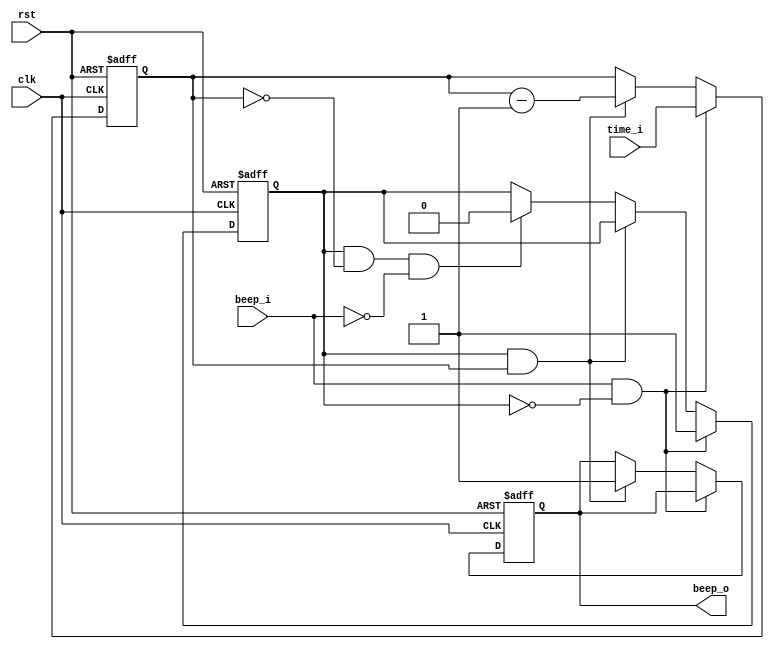
/*
    @author     Londoge
    @function   

    @readme     
    Buzzer
    clk
    rst
    beep_i
    number_i

    beep_o 
*/

module Buzzer (
    input wire clk,
    input wire rst,
    input wire beep_i,
    input wire [15:0]time_i,

    output reg beep_o
);

reg flag;
reg [15:0]count;
always @(posedge clk or negedge rst) begin
    if (!rst) begin
        beep_o <= 0;
        flag <= 0;
        count <= 0;
    end else begin
        if (beep_i && !flag) begin
            flag <= 1;
            count <= time_i;
        end else if (flag && count) begin
            beep_o <= 1;
            count <= count - 1;
        end else if (flag && !count && !beep_i) begin
            flag <= 0;
        end
    end
end
    
endmodule